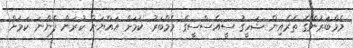
މެމްބަރުންގެ ތެރެއިން ޝަހީގު ސީއެސްސީގެ މެމްބަރު ކަމަށް އައްޔަން ކުރަން ފެންނަ ކަމަށް